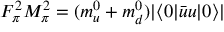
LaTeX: F _ { \pi } ^ { 2 } M _ { \pi } ^ { 2 } = ( m _ { u } ^ { 0 } + m _ { d } ^ { 0 } ) | \langle 0 | \bar { u } u | 0 \rangle |